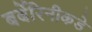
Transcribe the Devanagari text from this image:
बर्बेरिनीकडे